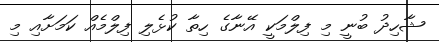
ޝާހިދު ބުނީ މި ފިލްމަކީ އޭނާގެ ހިތާ ކުޅެލި ފިލްމެއް ކަމަށާއި މި